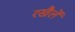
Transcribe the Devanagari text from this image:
रखैलें